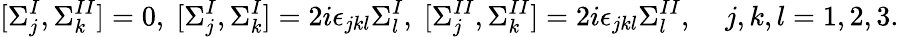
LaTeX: [\Sigma_{j}^{I},\Sigma_{k}^{II}]=0,\; [\Sigma_{j}^{I},\Sigma_{k}^{I}]=2i\epsilon_{jkl}\Sigma_{l}^{I},\; [\Sigma_{j}^{II},\Sigma_{k}^{II}]=2i\epsilon_{jkl}\Sigma_{l}^{II},\; \; \; \; j,k,l=1,2,3.